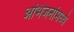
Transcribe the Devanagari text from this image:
अभिजनांमध्ये